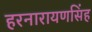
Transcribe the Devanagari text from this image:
हरनारायणसिंह